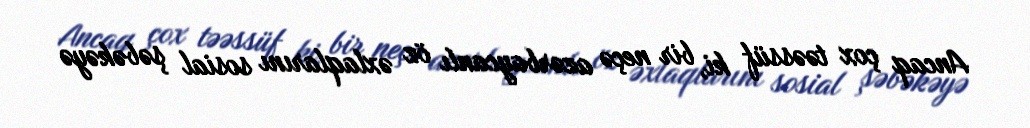
Ancaq çox təəssüf ki, bir neçə azərbaycanlı öz əxlaqlarını sosial şəbəkəyə